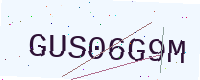
Text: GUS06G9M